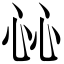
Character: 𢗰